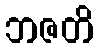
ဘဇတိ